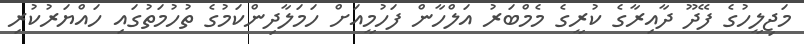
މަޖިލީހުގެ ފޭދޫ ދާއިރާގެ ކުރީގެ މެމްބަރު އަލްހާން ފަހުމީއަށް ހަމަލާދިންކަމުގެ ތުހުމަތުގައި ހައްޔަރުކުރި